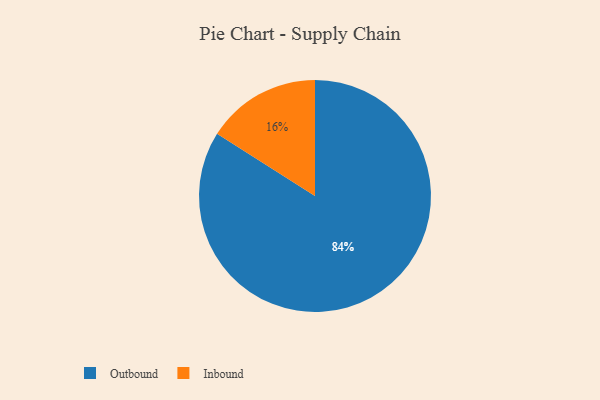
{"axis": {"x": "Category", "y": "Percentage"}, "legend": ["Inbound", "Outbound"], "data": [{"x": "Inbound", "y": 16, "type": "Inbound"}, {"x": "Outbound", "y": 84, "type": "Outbound"}]}